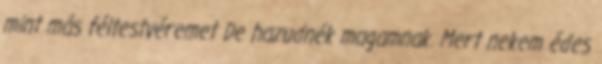
mint más féltestvéremet De hazudnék magamnak. Mert nekem édes